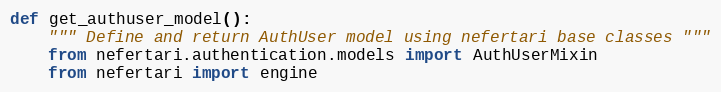
Language: Python
def get_authuser_model():
    """ Define and return AuthUser model using nefertari base classes """
    from nefertari.authentication.models import AuthUserMixin
    from nefertari import engine